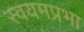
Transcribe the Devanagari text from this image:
स्वयमप्रभा